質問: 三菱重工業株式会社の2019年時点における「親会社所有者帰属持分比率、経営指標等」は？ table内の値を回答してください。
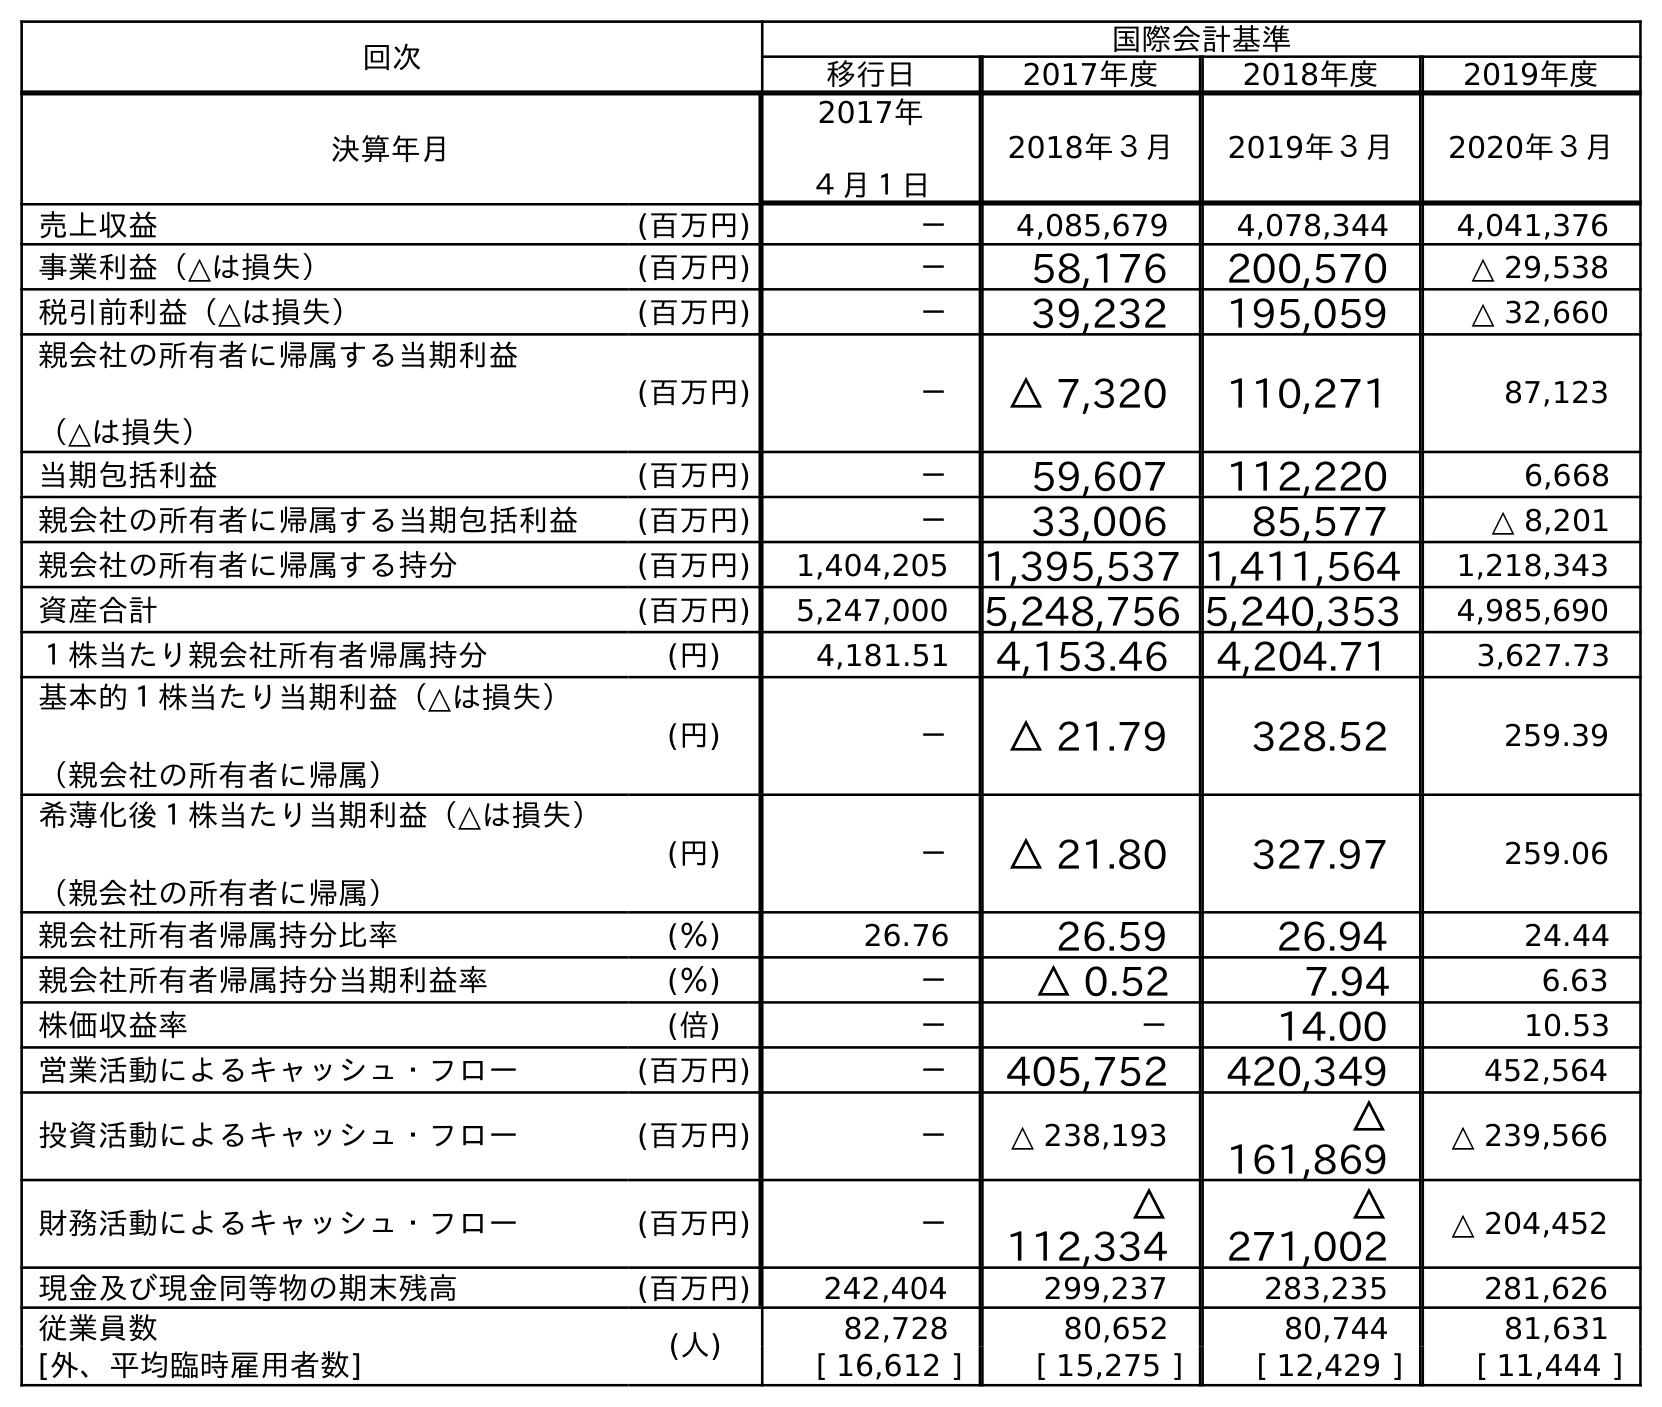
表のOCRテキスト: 回次 国際会計基準 移行日 2017年度 2018年度 2019年度 決算年月 2017年 ４月１日 2018年３月 2019年３月 2020年３月 売上収益 (百万円) － 4,085,679 4,078,344 4,041,376 事業利益（△は損失） (百万円) － 58,176 200,570 △ 29,538 税引前利益（△は損失） (百万円) － 39,232 195,059 △ 32,660 親会社の所有者に帰属する当期利益 （△は損失） (百万円) － △ 7,320 110,271 87,123 当期包括利益 (百万円) － 59,607 112,220 6,668 親会社の所有者に帰属する当期包括利益 (百万円) － 33,006 85,577 △ 8,201 親会社の所有者に帰属する持分 (百万円) 1,404,205 1,395,537 1,411,564 1,218,343 資産合計 (百万円) 5,247,000 5,248,756 5,240,353 4,985,690 １株当たり親会社所有者帰属持分 (円) 4,181.51 4,153.46 4,204.71 3,627.73 基本的１株当たり当期利益（△は損失） （親会社の所有者に帰属） (円) － △ 21.79 328.52 259.39 希薄化後１株当たり当期利益（△は損失） （親会社の所有者に帰属） (円) － △ 21.80 327.97 259.06 親会社所有者帰属持分比率 (％) 26.76 26.59 26.94 24.44 親会社所有者帰属持分当期利益率 (％) － △ 0.52 7.94 6.63 株価収益率 (倍) － － 14.00 10.53 営業活動によるキャッシュ・フロー (百万円) － 405,752 420,349 452,564 投資活動によるキャッシュ・フロー (百万円) － △ 238,193 △ 161,869 △ 239,566 財務活動によるキャッシュ・フロー (百万円) － △ 112,334 △ 271,002 △ 204,452 現金及び現金同等物の期末残高 (百万円) 242,404 299,237 283,235 281,626 従業員数 (人) 82,728 80,652 80,744 81,631 [外、平均臨時雇用者数] [ 16,612 ] [ 15,275 ] [ 12,429 ] [ 11,444 ]
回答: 26.94